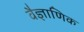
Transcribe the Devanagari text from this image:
वैज्ञाणिक